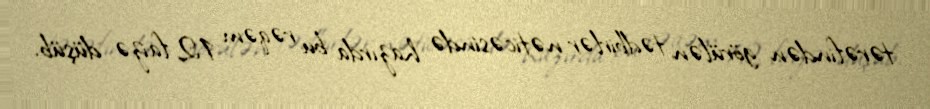
tərəfindən görülən tədbirlər nəticəsində hazırda bu rəqəm 12 faizə düşüb.